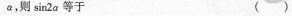
α，则sin2a等于 ()